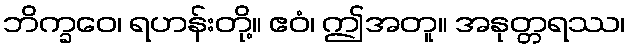
ဘိက္ခဝေ၊ ရဟန်းတို့။ ဧဝံ၊ ဤအတူ။ အနုတ္တရဿ၊